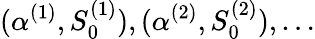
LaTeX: (\alpha^{(1)},S_{0}^{(1)}),(\alpha^{(2)},S_{0}^{(2)}),\dots